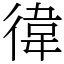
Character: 徫